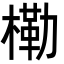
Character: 𭫤